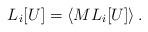
LaTeX: \begin{align*}L_i[U] = \left\langle ML_i[U]\right\rangle.\end{align*}